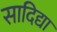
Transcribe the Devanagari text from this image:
सादिद्या